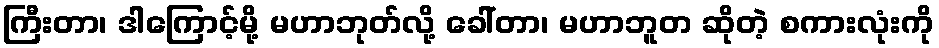
ကြီးတာ၊ ဒါကြောင့်မို့ မဟာဘုတ်လို့ ခေါ်တာ၊ မဟာဘူတ ဆိုတဲ့ စကားလုံးကို